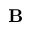
\mathbf { B }